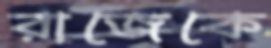
রাজেকে